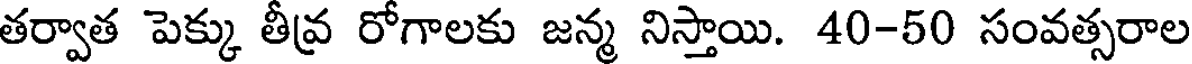
తర్వాత పెక్కు తీవ్ర రోగాలకు జన్మ నిస్తాయి. 40-50 సంవత్సరాల